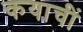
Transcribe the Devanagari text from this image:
कयाचीं